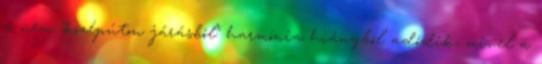
a nem "középúton járásból" harmónia hiányból adódik, mivel a